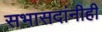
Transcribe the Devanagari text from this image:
सभासदांनीही